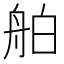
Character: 舶